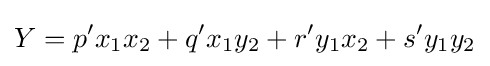
Y=p^{\prime }x_{1}x_{2}+q^{\prime }x_{1}y_{2}+r^{\prime }y_{1}x_{2}+s^{\prime }y_{1}y_{2}